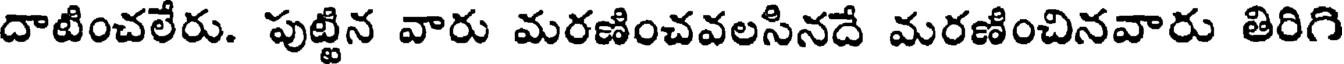
దాటించలేరు. పుట్టిన వారు మరణించవలసినదే మరణించినవారు తిరిగి